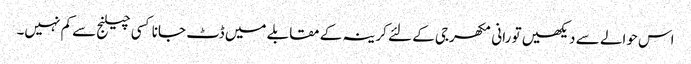
اس حوالے سے دیکھیں تو رانی مکھرجی کے لئے کرینہ کے مقابلے میں ڈٹ جانا کسی چیلنج سے کم نہیں۔